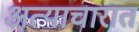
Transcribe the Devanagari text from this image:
अत्याचारात